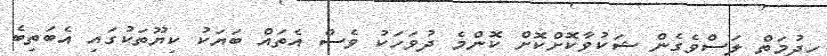
ހިދުމަތް ލަސްވެގެން ޝަކުވާކޮށްކޮށް ކޮންމެ ދުވަހަކު ވެސް އެތައް ބަޔަކު ކިޔޫތަކުގައި އެބަތިބެ